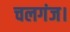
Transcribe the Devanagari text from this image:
चलगंज।